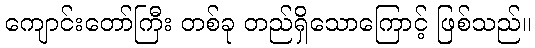
ကျောင်းတော်ကြီး တစ်ခု တည်ရှိသောကြောင့် ဖြစ်သည်။